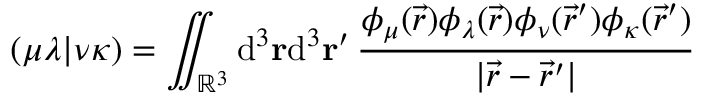
( \mu \lambda \vert \nu \kappa ) = \iint _ { \mathbb { R } ^ { 3 } } \mathrm { d } ^ { 3 } \ensuremath \mathbf { r } \mathrm { d } ^ { 3 } \ensuremath \mathbf { r } ^ { \prime } \, \frac { \phi _ { \mu } ( \vec { r } ) \phi _ { \lambda } ( \vec { r } ) \phi _ { \nu } ( \vec { r } ^ { \prime } ) \phi _ { \kappa } ( \vec { r } ^ { \prime } ) } { \vert \vec { r } - \vec { r } ^ { \prime } \vert }